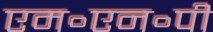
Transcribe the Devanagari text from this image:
एम॰एन॰पी